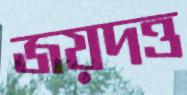
জয়দত্ত